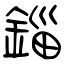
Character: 錙